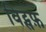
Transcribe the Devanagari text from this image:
विट्सफ़